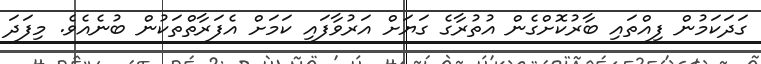
ގަދަކަމުން ފިއްތައި ބާރުކޮށްގެން އުތުރާގެ ގަޔަށް އަރުވާފައި ކަމަށް އެފަރާތްތަކުން ބުނެއެވެ. މިފަދަ